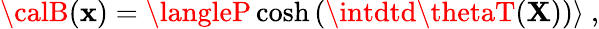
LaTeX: {\calB}(\mathbf{x})=\langleP\cosh\left(\intdtd\thetaT({\mathbf{X}})\right)\rangle~,